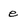
Character: e